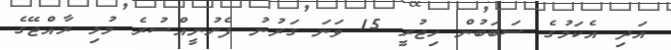
އަދި އެކަމުގެ ސަބަބުން ހިޖުރީ 15 ވަނަ ގަރުނު ފެށުނީއްސުރެ މުޅި ރާއްޖޭގެ